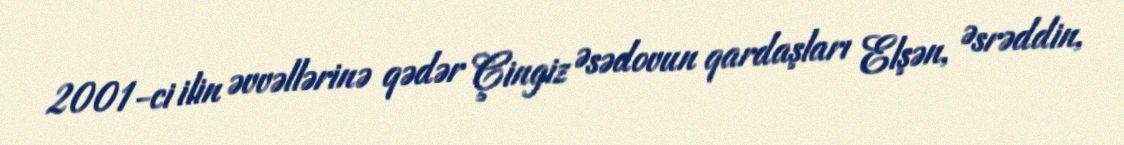
2001-ci ilin əvvəllərinə qədər Çingiz Əsədovun qardaşları Elşən, Əsrəddin,